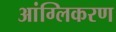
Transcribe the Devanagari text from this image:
आंग्लिकरण